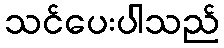
သင်ပေးပါသည်